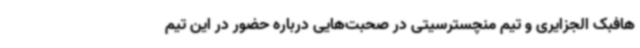
هافبک الجزایری و تیم منچسترسیتی در صحبت‌هایی درباره حضور در این تیم